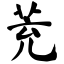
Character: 茺